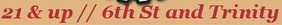
21 & UP // 6th St and Trinity